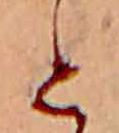
と